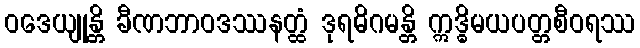
ဝဒေယျုန္တိ ခီဏဘာဝဒဿနတ္ထံ ဒုရဓိဂမန္တိ ဣဒ္ဓိမယပတ္တစီဝရဿ